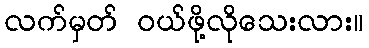
လက်မှတ် ဝယ်ဖို့လိုသေးလား။